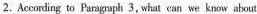
2.Acccaling to Psragaph 3,what can we know about